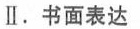
Ⅱ.书面表达